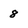
Character: 8